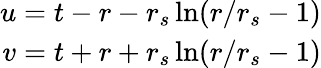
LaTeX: \begin{array}{r}{u=t-r-r_{s}\ln(r/r_{s}-1)}\\ {v=t+r+r_{s}\ln(r/r_{s}-1)}\end{array}